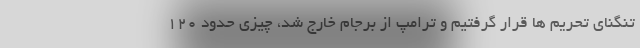
تنگنای تحریم ها قرار گرفتیم و ترامپ از برجام خارج شد، چیزی حدود 120